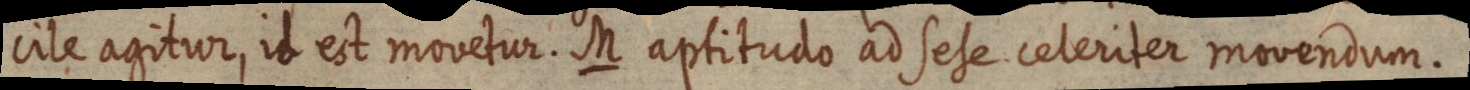
cile agitur, id est movetur. M aptitudo ad sese celeriter movendum.